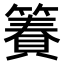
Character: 𫂢